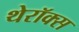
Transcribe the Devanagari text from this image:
थेरॉक्स